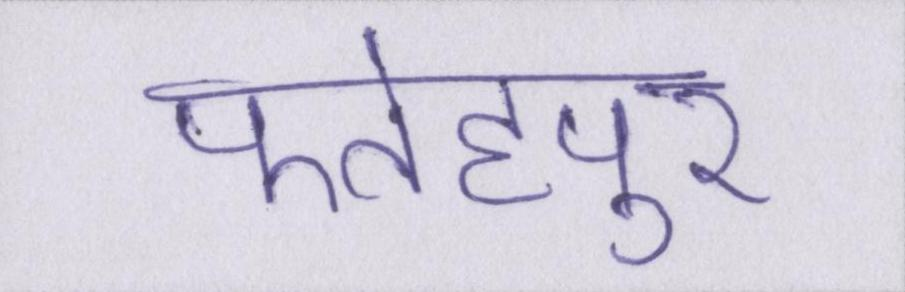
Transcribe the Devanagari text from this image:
फतेहपुर